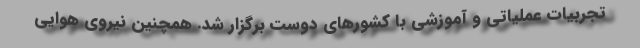
تجربیات عملیاتی و آموزشی با کشورهای دوست برگزار شد. همچنین نیروی هوایی